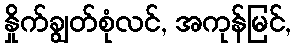
နှိုက်ချွတ်စုံလင်, အကုန်မြင်,